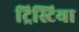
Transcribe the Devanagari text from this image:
ट्रिस्टिया